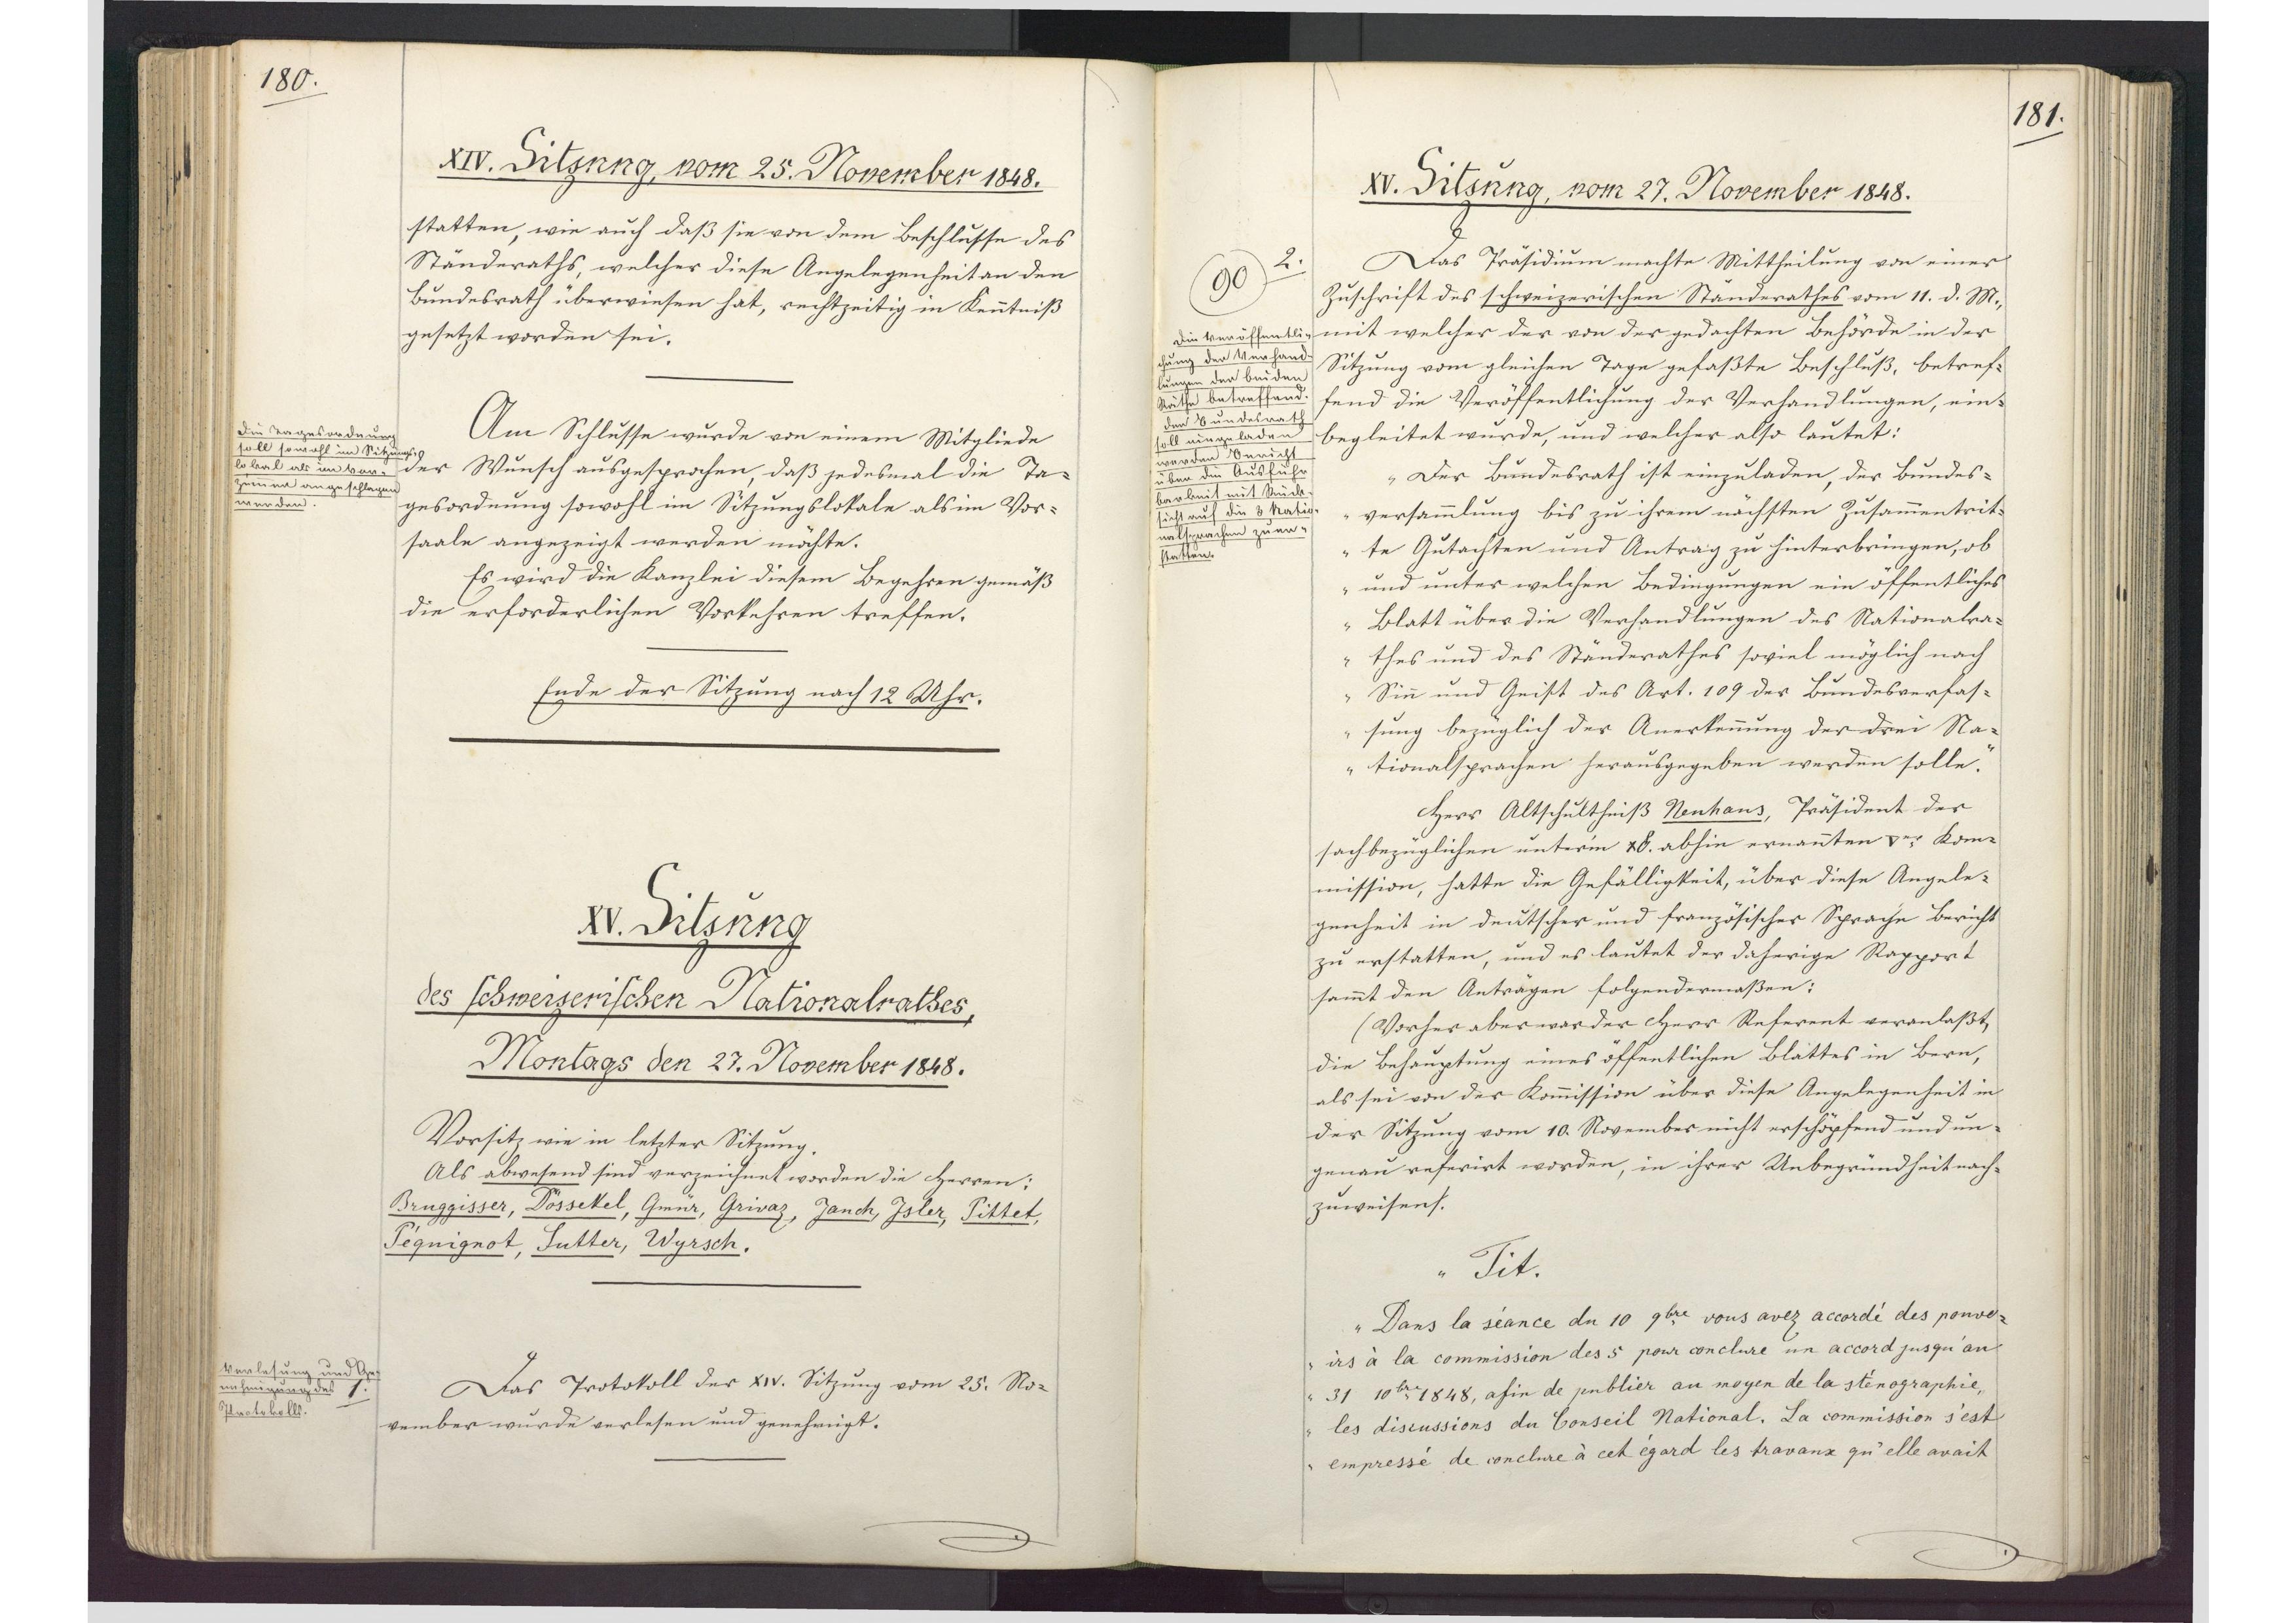
180.

XIV. Sitzung, vom 25. November 1848.

statten, wie auch daß sie von dem Beschlusse des
Ständeraths, welcher diese Angelegenheit an den
Bundesrath überwiesen hat, rechtzeitig in Kenntniß
gesetzt worden sei.
Am Schlusse wurde von einem Mitgliede
der Wunsch ausgesprochen, daß jedesmal die Ta¬
gesordnung sowohl im Sitzungslokale als im Vor¬
saale angezeigt werden möchte.
Es wird die Kanzlei diesem Begehren gemäß
die erforderlichen Vorkehren treffen.
Ende der Sitzung nach 12 Uhr.

Die Tagesordnung
soll sowohl im Sitzungs¬
lokal als im Vor¬
zimmer angeschlagen
werden.